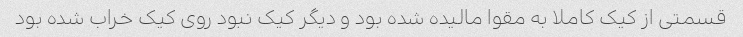
قسمتی از کیک کاملا به مقوا مالیده شده بود و دیگر کیک نبود روی کیک خراب شده بود